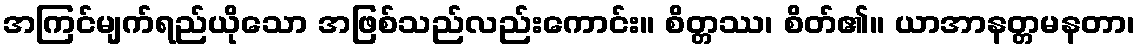
အကြင်မျက်ရည်ယိုသော အဖြစ်သည်လည်းကောင်း။ စိတ္တဿ၊ စိတ်၏။ ယာအာနတ္တမနတာ၊